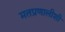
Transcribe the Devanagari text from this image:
मतप्रणालीशी